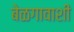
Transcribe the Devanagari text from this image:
बेळगावाशी